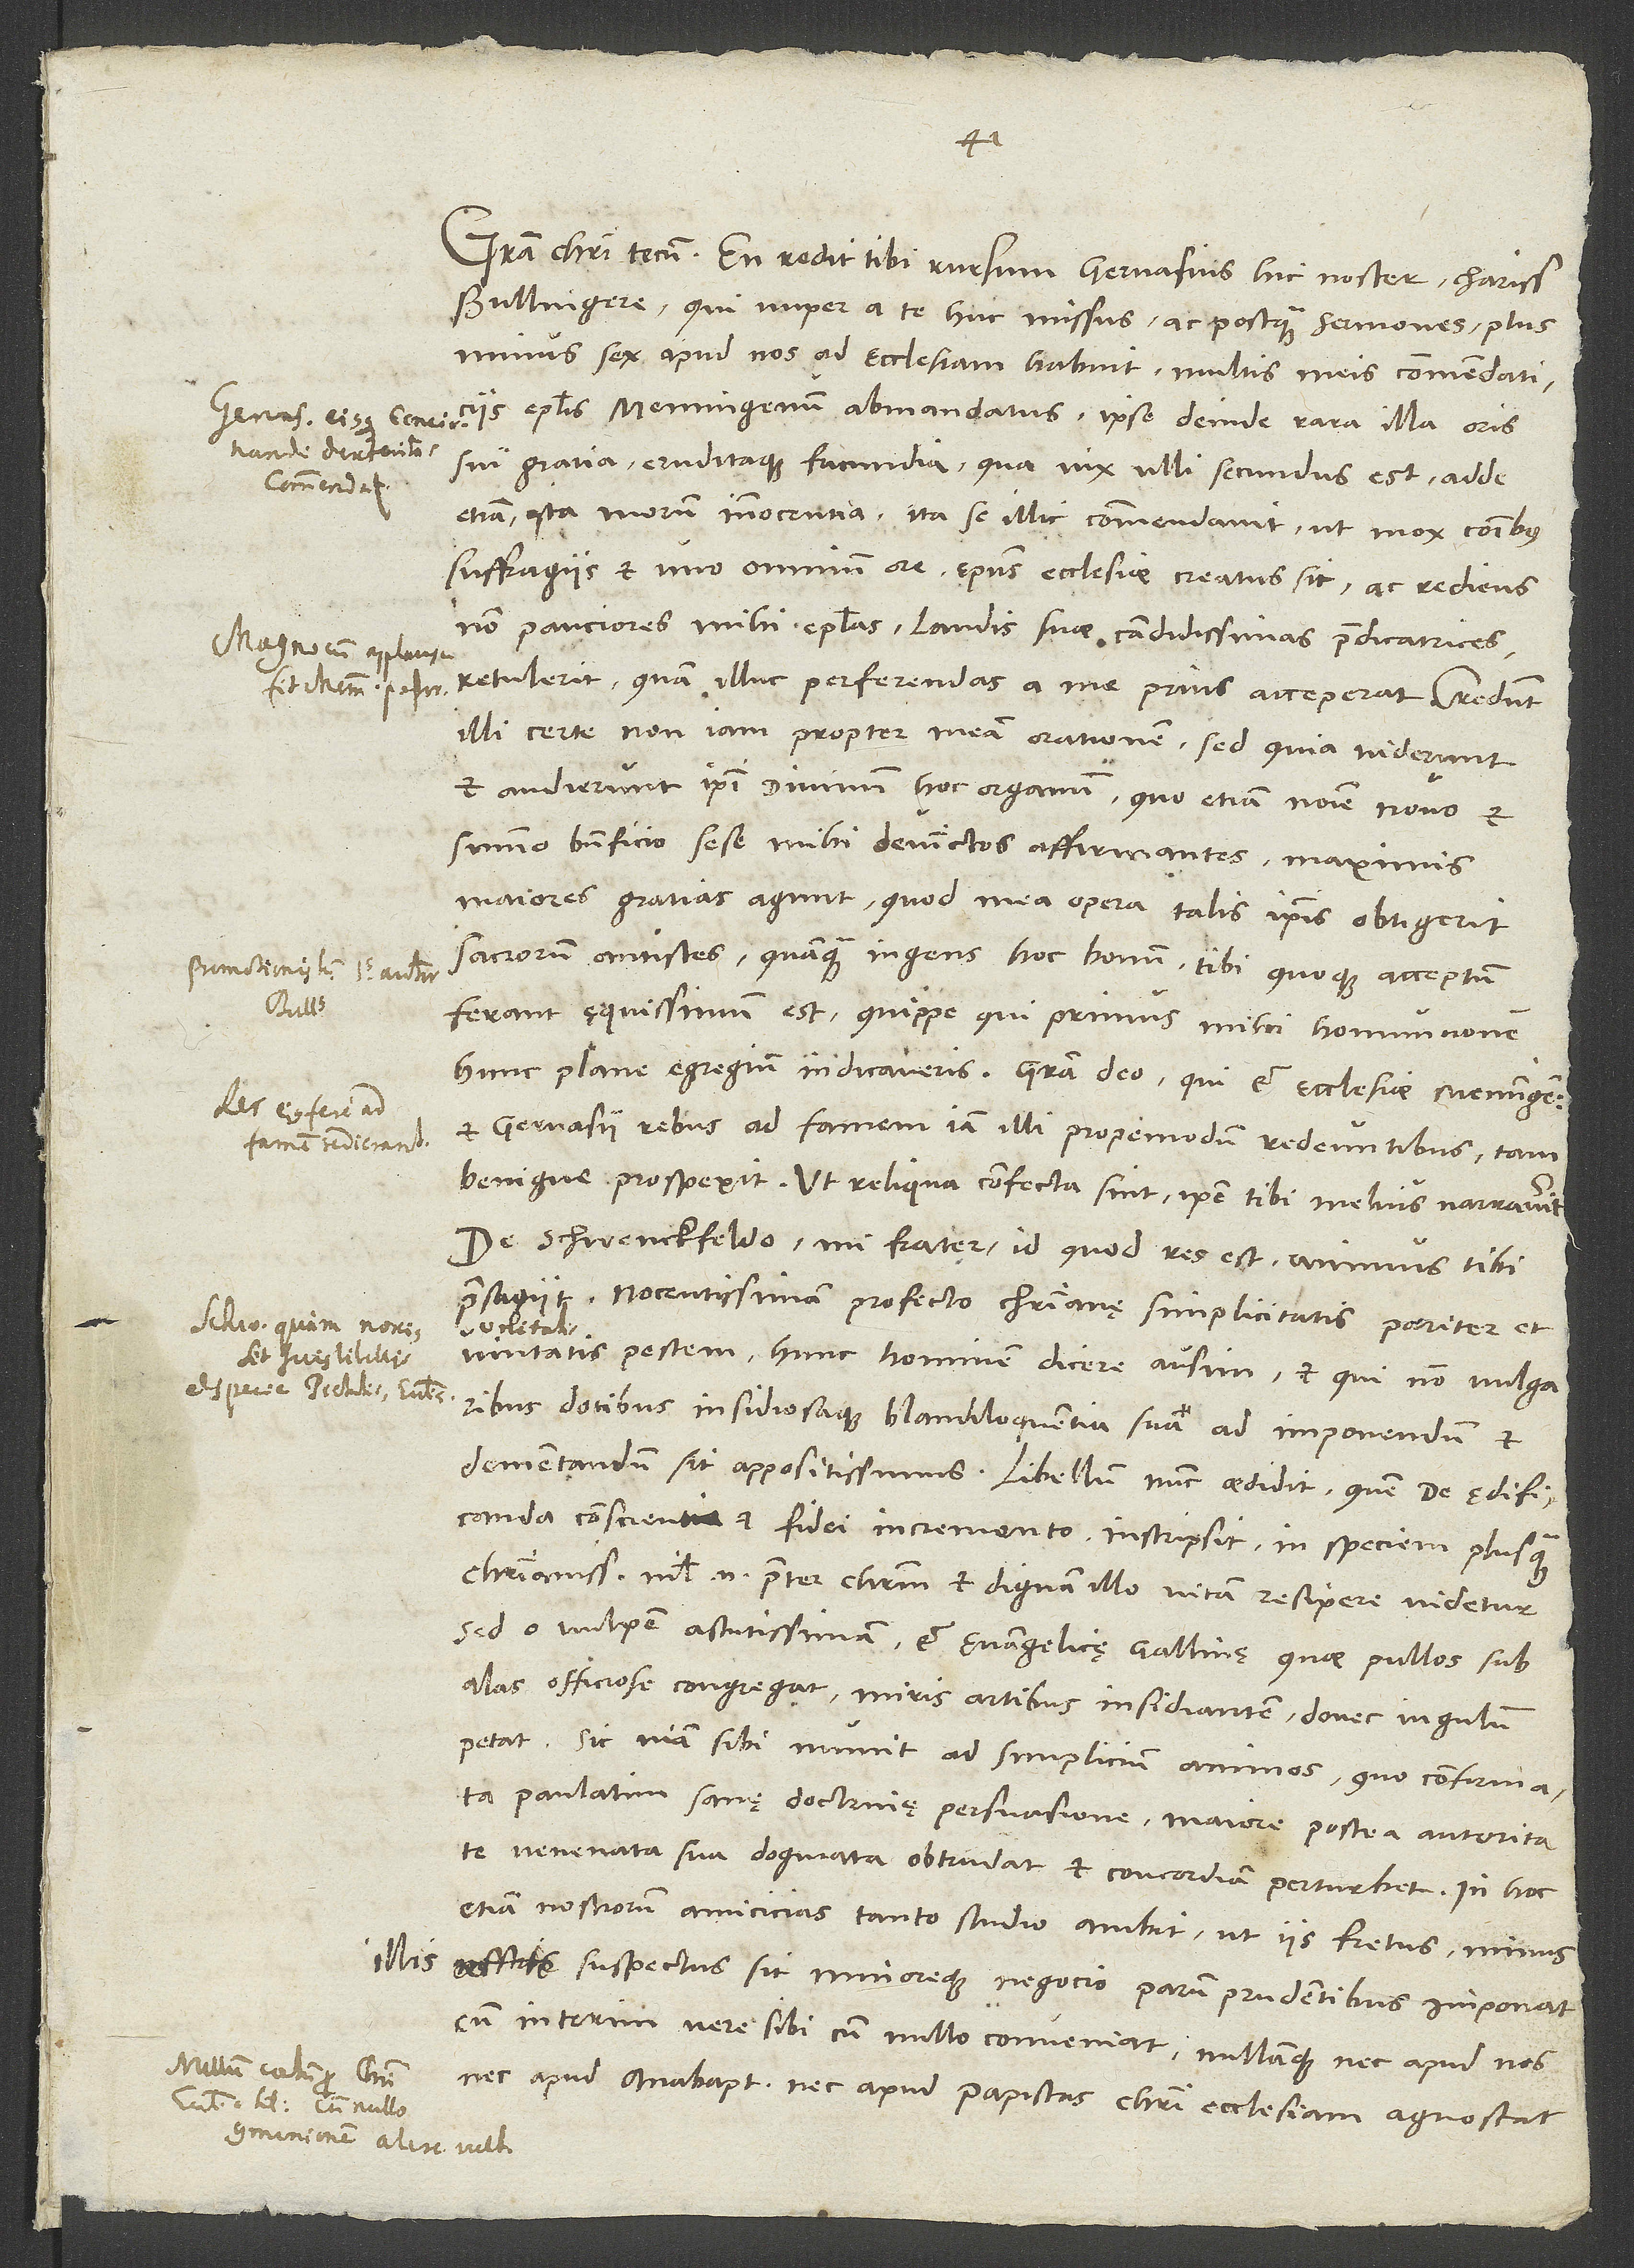
Bullingere, qui nuper a te huc missus ac, postquam sermones plus
minus sex apud nos ad ecclesiam habuit, multis meis commendaticiis
epistolis Memingenum abmandatus ipse deinde rara illa oris
sui gratia eruditaque facundia, qua vix ulli secundus est, adde
etiam, ista morum innocentia ita se illic commendavit, ut mox communibus
suffragiis et uno omnium ore episcopus ecclesiae creatus sit ac rediens
non pauciores mihi epistolas, laudis suae candidissimas praedicatrices,
retulerit, quam illuc perferendas a me prius acceperat. Credunt
illi certe non iam propter meam orationem, sed quia viderunt
et audierunt ipsi divinum hoc organum, quo etiam nomine novo et
summo beneficio sese mihi devinctos affirmantes maximis
maiores gratias agunt, quod mea opera talis ipsis obtigerit
sacrorum antistes, quamquam ingens hoc bonum tibi quoque acceptum
ferant ęquissimum est, quippe qui primus mihi homuncionem
hunc plane egregium indicaveris. Gratia deo, qui et ecclesiae Memingensis
et Gervasii rebus ad famem iam illi propemodum redeuntibus tam
benigne prospexit. Ut reliqua confecta sint, ipse tibi melius narraverit.
De Schwenckfeldo, mi frater, id quod res est, animus tibi
praesagiit. Nocentissimam profecto christianę simplicitatis pariter et
unitatis pestem hunc hominem dicere ausim, et qui non vulgaribus
dotibus insidiosaque blandiloquentia sua ad imponendum et
dementandum sit appositissimus. Libellum nunc aedidit, quem «De aedificanda
conscientia et fidei incremento» inscripsit, in speciem plus quam
christianissimum. Nihil enim praeter Christum et dignam illo vitam resipere videtur.
Sed o vulpem astutissimam et evangelicę gallinę, quae pullos sub
alas officiöse congregat, miris artibus insidiantem, donec iugulum
petat. Sic viam sibi munit ad simplicium animos, quo confirmata
paulatim sanę doctrinę persuasione maiore postea autoritate
venenata sua dogmata obtrudat et concordiam perturbet. In hoc
etiam nostrorum amicicias tanto studio ambit, ut iis fretus minus
suspectus sit minoreque negocio parum prudentibus imponat,
cum interim vere sibi cum nullo conveniat nullamque nec apud nos
nec apud anabaptistas nec apud papistas Christi ecclesiam agnoscat